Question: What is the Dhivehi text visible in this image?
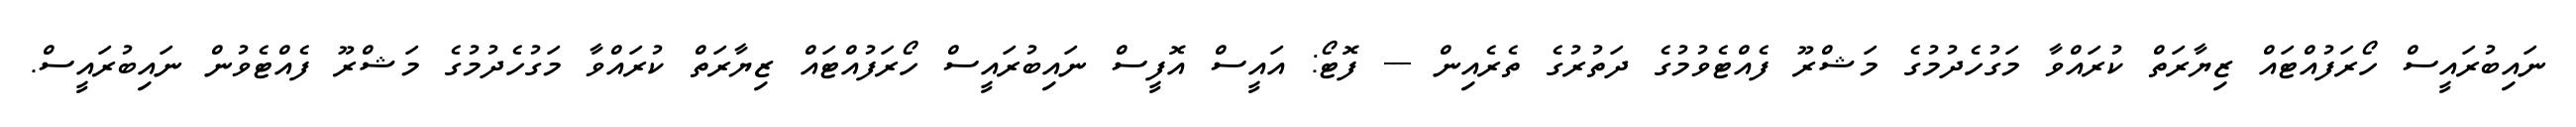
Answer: ނައިބުރައީސް ހޯރަފުއްޓައް ޒިޔާރަތް ކުރައްވާ މަގުހެދުމުގެ މަޝްރޫ ފެއްޓެވުމުގެ ދަތުރުގެ ތެރެއިން --- ފޮޓޯ: އައީސް އޮފީސް ނައިބުރައީސް ހޯރަފުއްޓައް ޒިޔާރަތް ކުރައްވާ މަގުހެދުމުގެ މަޝްރޫ ފެއްޓެވުން ނައިބުރައީސް.